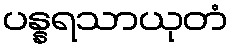
ပန္နရသာယုတံ